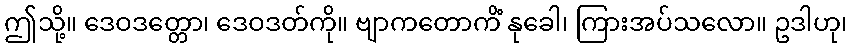
ဤသို့။ ဒေဝဒတ္တော၊ ဒေဝဒတ်ကို။ ဗျာကတောကိံ နုခေါ၊ ကြားအပ်သလော။ ဥဒါဟု၊